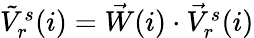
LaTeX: \begin{array}{r}{\tilde{V}_{r}^{s}(i)=\vec{W}(i)\cdot\vec{V}_{r}^{s}(i)}\end{array}